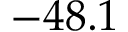
- 4 8 . 1